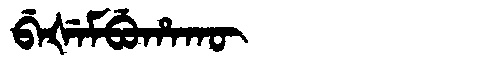
Manchu: ᠪᡝᡧᡝᠮᠪᡠᡥᠠᡴᡡ
Romanization: BEŠEMBUHAKŪ